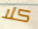
كلا